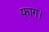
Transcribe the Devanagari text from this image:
फाग।